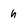
Character: h